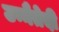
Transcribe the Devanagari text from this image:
उन्नैतेदी